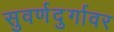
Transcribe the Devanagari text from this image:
सुवर्णदुर्गावर